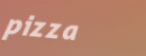
pizza